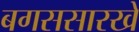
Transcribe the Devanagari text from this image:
बगससारखे